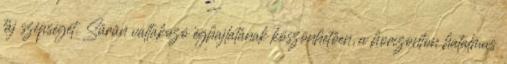
táj szépségét. Sűrűn váltakozó éghajlatának köszönhetően, a horizonton hatalmas